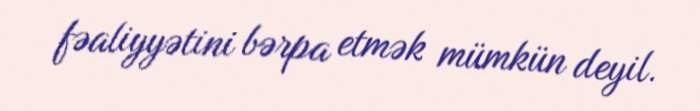
fəaliyyətini bərpa etmək mümkün deyil.